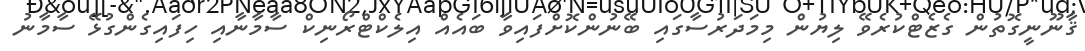
ޤާނޫނީގޮތުން ގެޒެޓްކުރެވޭ ލިޔުން މިމަދަރުސާގައި ބޭނުންކޮށްފައިވާ ބައެއް އިލެކްޓްރޯނިކް ސާމާނާއި ހިފައިގެންގުޅޭ ސާމާނު